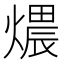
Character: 𤏏